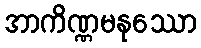
အာကိဏ္ဏမနုဿော